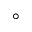
\circ